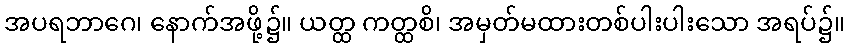
အပရဘာဂေ၊ နောက်အဖို့၌။ ယတ္ထ ကတ္ထစိ၊ အမှတ်မထားတစ်ပါးပါးသော အရပ်၌။